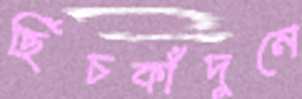
ছিঁচকাঁদুনে